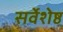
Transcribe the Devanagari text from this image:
सर्वेशेष्ठ